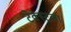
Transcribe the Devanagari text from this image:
टेक्स्टला